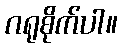
ဂရုစိုက်ပါ။